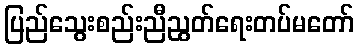
ပြည်သွေးစည်းညီညွတ်ရေးတပ်မတော်